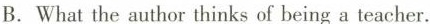
B. What the author thinks of being a teacher.